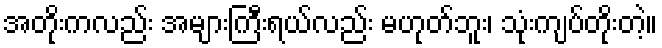
အတိုးကလည်း အများကြီးရယ်လည်း မဟုတ်ဘူး၊ သုံးကျပ်တိုးတဲ့။